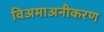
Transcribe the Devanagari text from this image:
विअमाअनीकरण